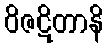
ဝိဇဋိတာနိ